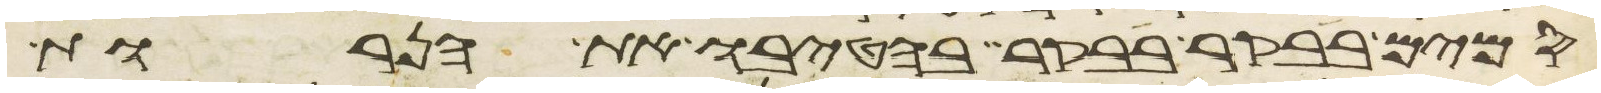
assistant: סמים בבקר בבקר בהטיבו את הנרות